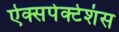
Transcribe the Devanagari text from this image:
ऐक्सपेक्टेशंस